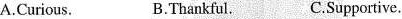
A.Curious B.Thankful C.Supportive